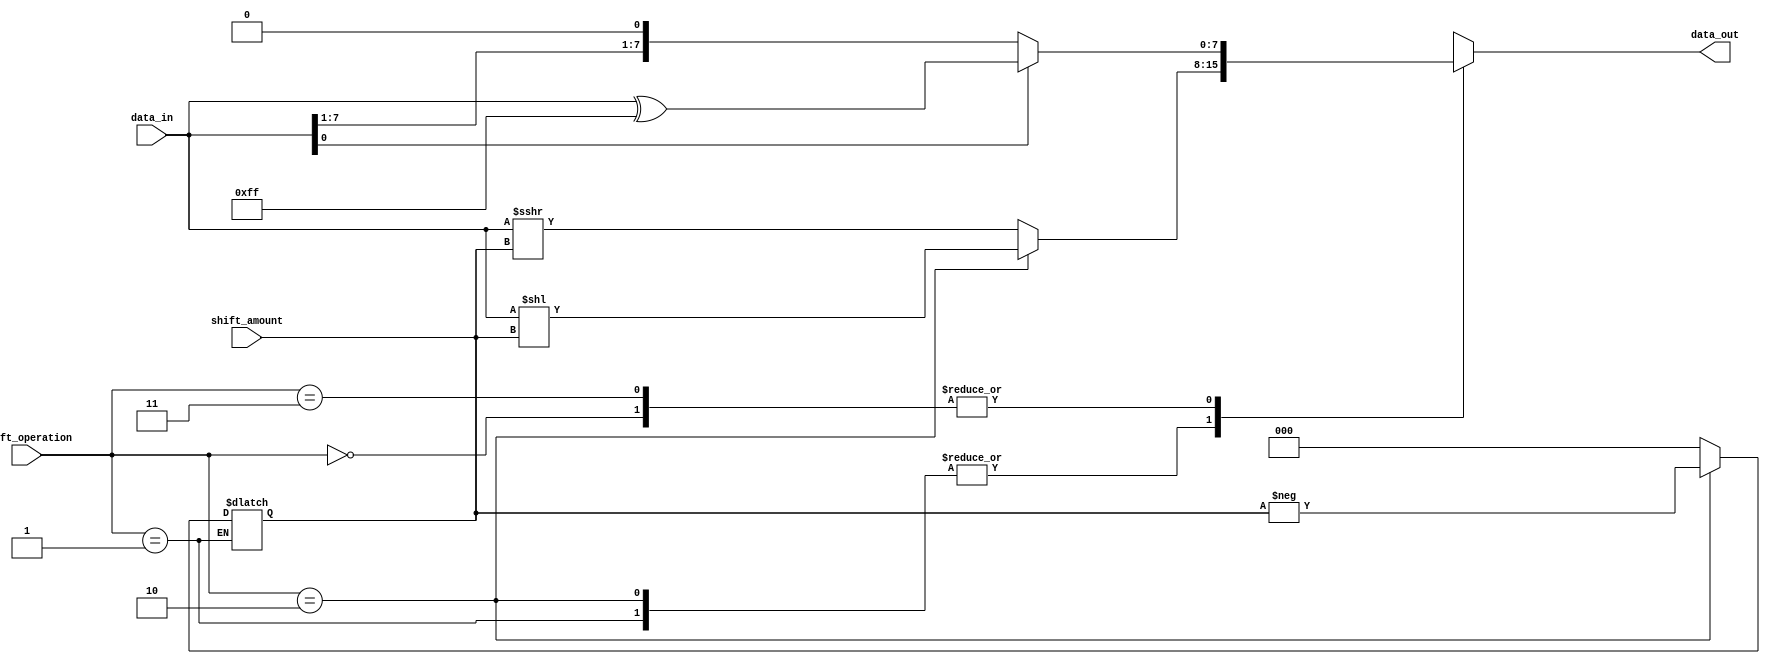
module SparseBarrelShifter (
  input [7:0] data_in,
  input [2:0] shift_amount,
  input [1:0] shift_operation,
  output reg [7:0] data_out
);

// Control Unit to decode shift operation
always @(*)
begin
  case(shift_operation)
    2'b00: shift_amount = 0; // no shift
    2'b01: shift_amount = shift_amount; // arithmetic right shift
    2'b10: shift_amount = -shift_amount; // arithmetic left shift
    2'b11: shift_amount = 0; // no shift
    default: shift_amount = 0; // default no shift
  endcase
end

// Input and Output registers
reg [7:0] data_reg;
always @(*)
begin
  data_reg = data_in;
end

// Arithmetic Logic Unit to perform shift operations
reg [7:0] shifted_data;
always @(*)
begin
  case(shift_operation)
    2'b00: shifted_data = data_reg; // no shift
    2'b01: shifted_data = data_reg >>> shift_amount; // arithmetic right shift
    2'b10: shifted_data = data_reg << shift_amount; // arithmetic left shift
    2'b11: shifted_data = data_reg; // no shift
    default: shifted_data = data_reg; // default no shift
  endcase
end

// Selection logic to choose appropriate shift value based on input
reg [7:0] selected_shift;
always @(*)
begin
  if(data_reg[0] == 1)
    selected_shift = data_reg ^ {8{1'b1}};
  else
    selected_shift = data_reg;
end

// Barrel Shifter Unit
always @(*)
begin
  case(shift_operation)
    2'b00: data_out = selected_shift; // no shift
    2'b01: data_out = shifted_data; // arithmetic right shift
    2'b10: data_out = shifted_data; // arithmetic left shift
    2'b11: data_out = selected_shift; // no shift
    default: data_out = selected_shift; // default no shift
  endcase
end

endmodule